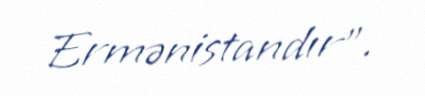
Ermənistandır”.